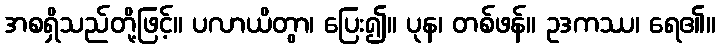
အစရှိသည်တို့ဖြင့်။ ပလာယိတွာ၊ ပြေး၍။ ပုန၊ တစ်ဖန်။ ဥဒကဿ၊ ရေ၏။